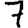
Digit: 7